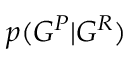
p ( G ^ { P } | G ^ { R } )